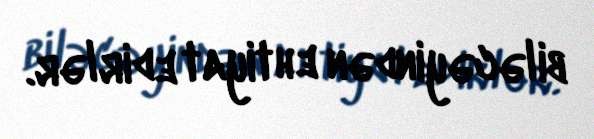
biləcəyindən ehtiyat edirlər.